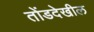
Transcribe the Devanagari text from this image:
तोंडदेखील